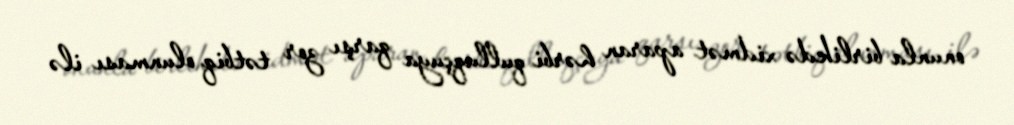
onunla birlikdə xidmət aparan hərbi qulluqçuya qarşı zor tətbiq olunması ilə